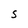
Character: S